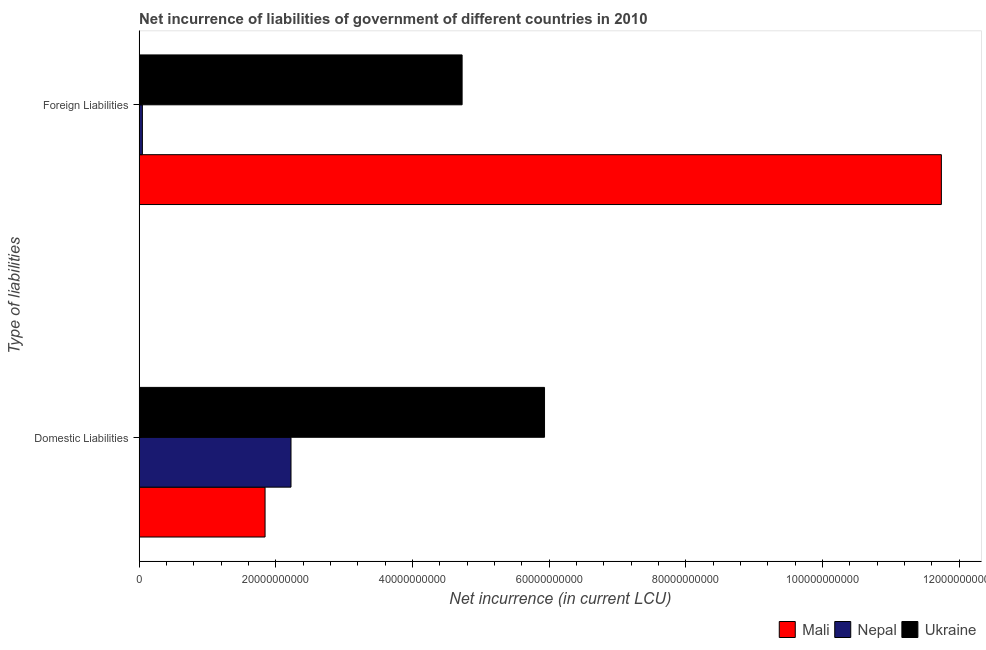
| Type of liabilities | Mali | Nepal | Ukraine |
 | --- | --- | --- | --- |
 | Domestic Liabilities | 1.84e+10 | 2.22e+10 | 5.93e+10 |
 | Foreign Liabilities | 1.17e+11 | 4.8e+08 | 4.73e+10 |